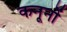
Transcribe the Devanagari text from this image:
कनूनों